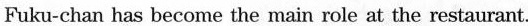
Fuku-chan has become the main role at the restaurant.